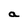
Character: a